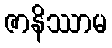
ဇာနိဿာမ